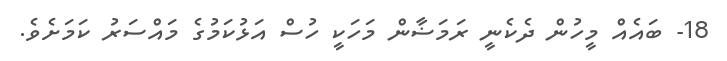
18- ބައެއް މީހުން ދެކެނީ ރަމަޟާން މަހަކީ ހުސް އަޅުކަމުގެ މައްސަރު ކަމަށެވެ.